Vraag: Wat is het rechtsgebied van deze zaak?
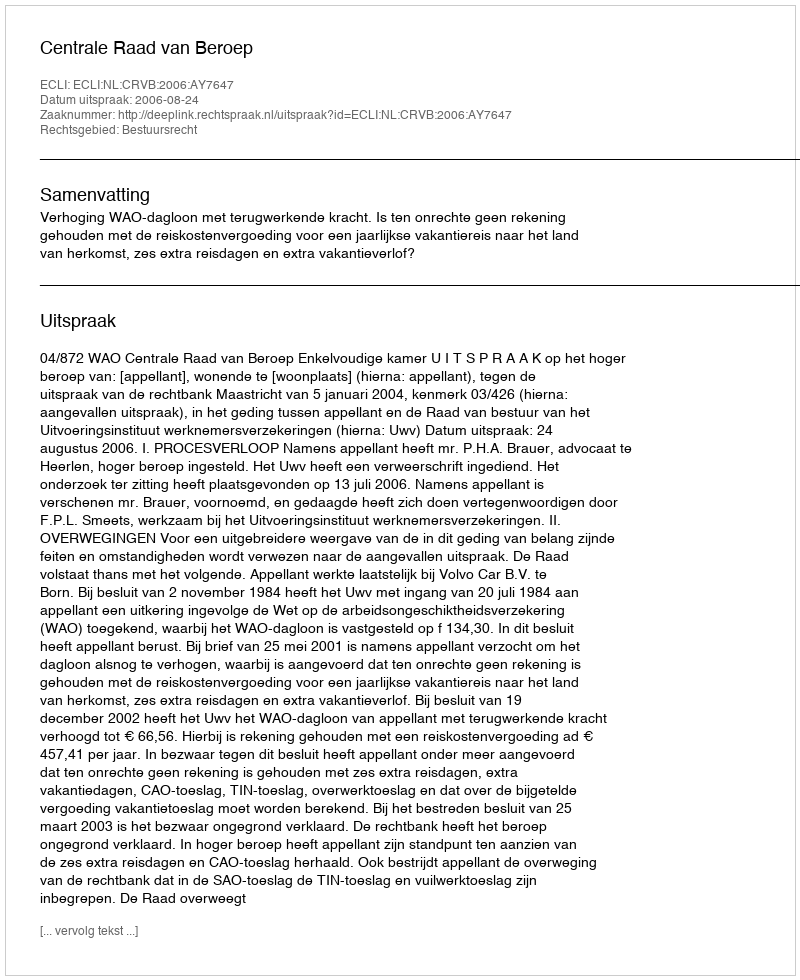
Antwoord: Bestuursrecht